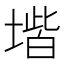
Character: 𡏨